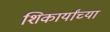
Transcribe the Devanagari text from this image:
शिकार्यांच्या